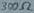
Text: 300Ω